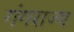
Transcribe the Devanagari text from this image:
गंगराज्य